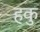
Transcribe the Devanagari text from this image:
हकु